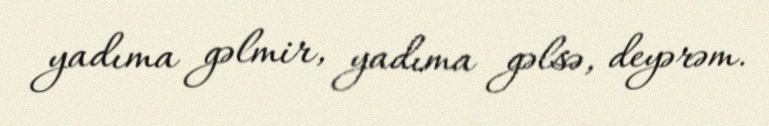
yadıma gəlmir, yadıma gəlsə, deyərəm.